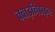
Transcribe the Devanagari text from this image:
क्वाइनिडाइन